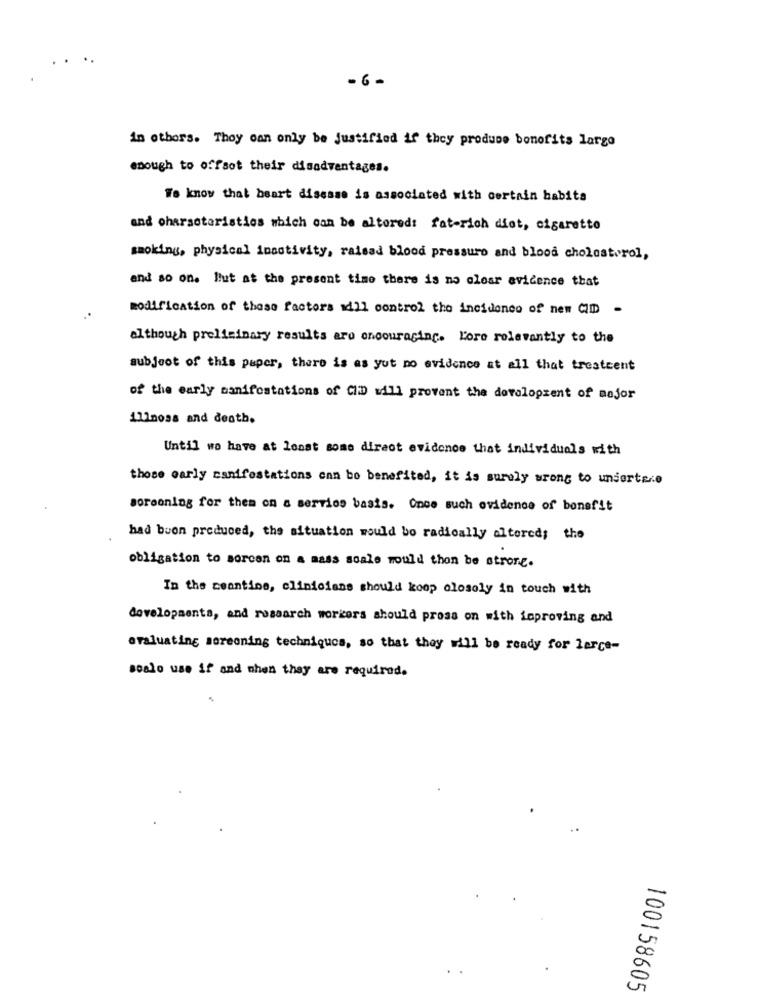
-6-
in others. They can only be justified if they produce bonofits largo
enough to offsot their disadvantages.
We know that heart disease is associated with certain habita
and characteristics which can be altoreds fat-rich dist, cigarette
smoking, physical inactivity, raisad blood pressure and blood cholesterol,
and so on. But at the present time there is no olosr evidence that
modification of these factors adll control the incidence of nem CIM -
although preliminary results are encouraging. Lore relevantly to the
subject of this paper, there is as yut no evidence at all that treatment
of the early manifestations of CID will provent the dovolopzent of major
ilinoss and death.
Until we have at least some direct evidence that individuals with
those early canifestations enn bo benefited, it is surely wrong to undertre
sorenning for them on a servies basis. Once such evidence of benefit
had buon produced, the situation would be radically altered; the
obligation to morcen on a mass scale would thon be strone.
In the meantime, clinicians should koop closely in touch with
developments, and research workers should pross on with improving and
evaluating screening techniques, so that they will be ready for large-
Boalo use if and when they are required.
100158605